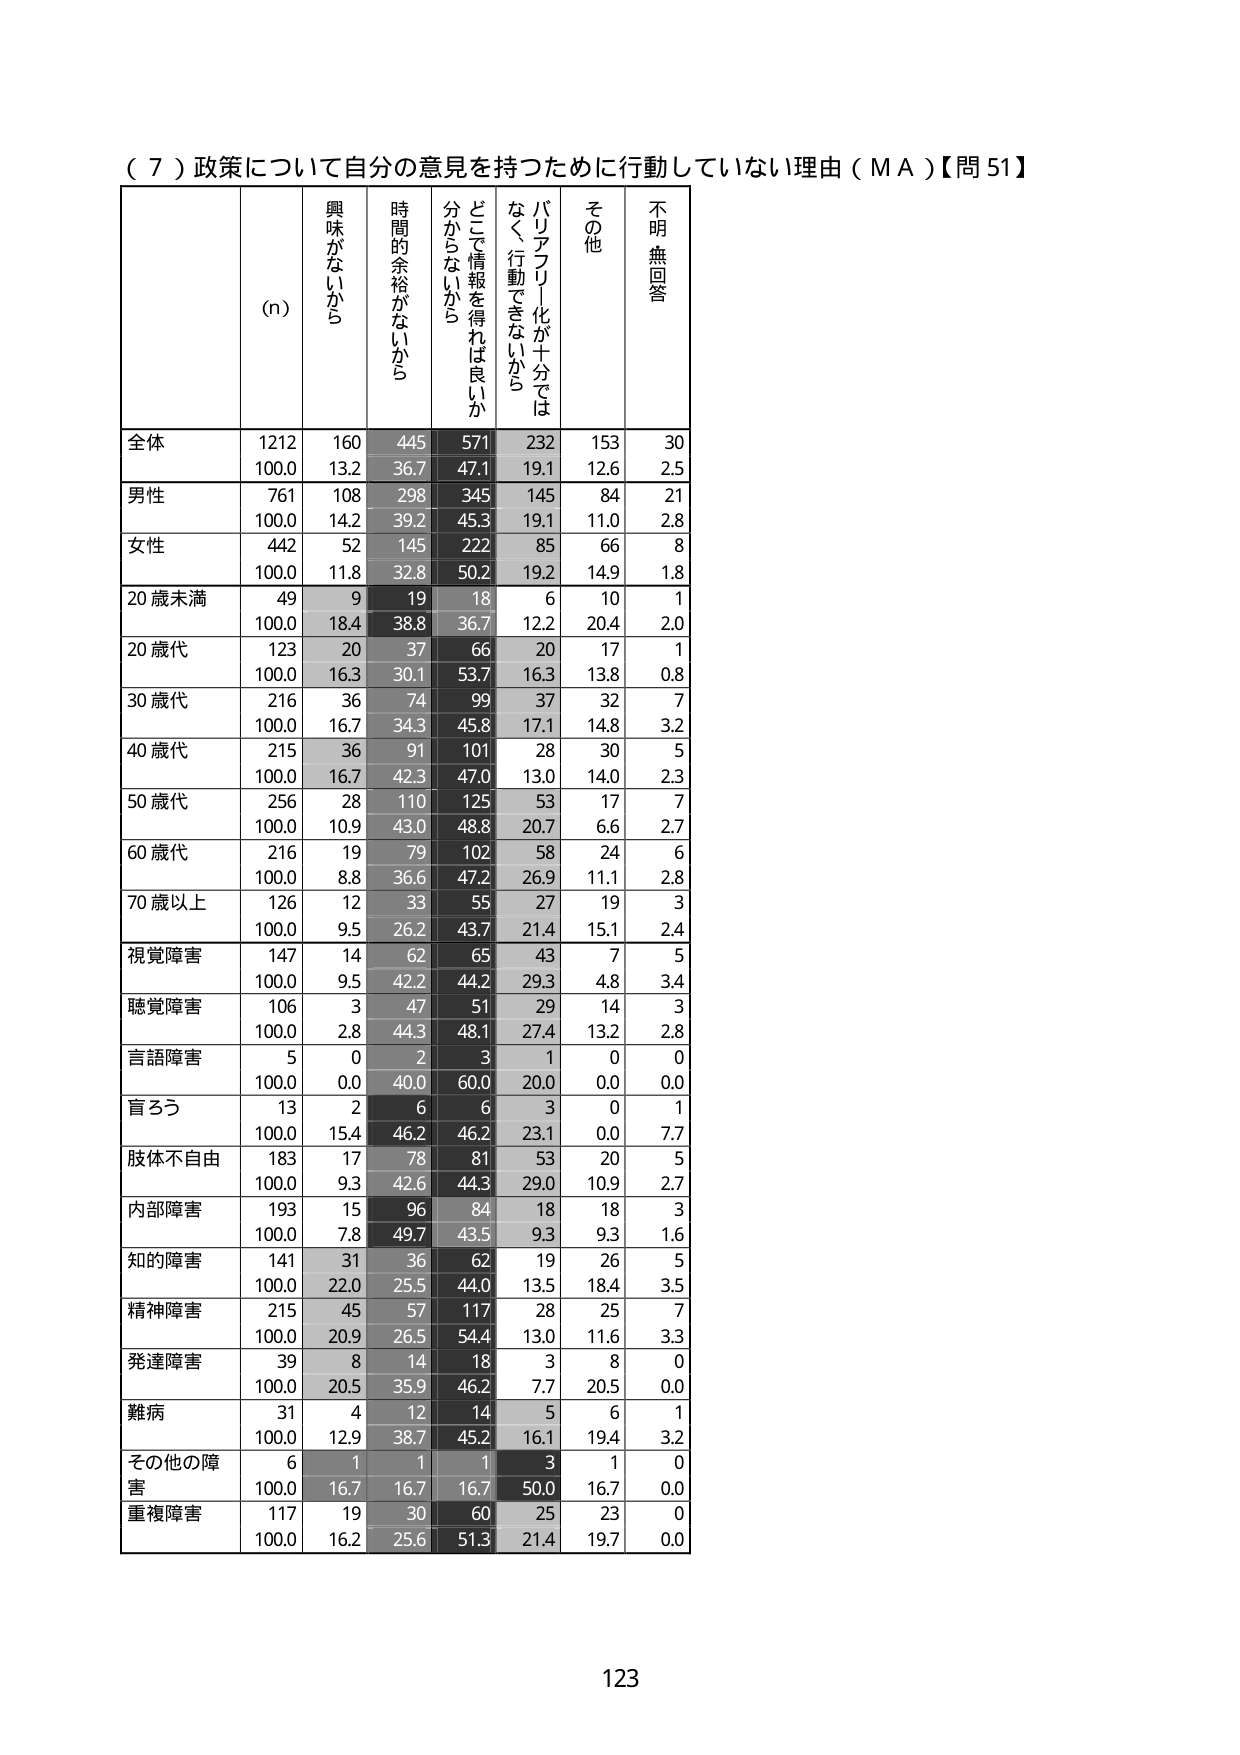
（７）政策について自分の意見を持つために行動していない理由（ＭＡ）【問51】

(n) 興味がないから 時間的余裕がないから どこで情報を得れば良いか分からないから バリアフリー化が十分ではなく、行動できないから その他 不明・無回答

全体 1212 160 445 571 232 153 30
100.0 13.2 36.7 47.1 19.1 12.6 2.5

男性 761 108 298 345 145 84 21
100.0 14.2 39.2 45.3 19.1 11.0 2.8

女性 442 52 145 222 85 66 8
100.0 11.8 32.8 50.2 19.2 14.9 1.8

20歳未満 49 9 19 18 6 10 1
100.0 18.4 38.8 36.7 12.2 20.4 2.0

20歳代 123 20 37 66 20 17 1
100.0 16.3 30.1 53.7 16.3 13.8 0.8

30歳代 216 36 74 99 37 32 7
100.0 16.7 34.3 45.8 17.1 14.8 3.2

40歳代 215 36 91 101 28 30 5
100.0 16.7 42.3 47.0 13.0 14.0 2.3

50歳代 256 28 110 125 53 17 7
100.0 10.9 43.0 48.8 20.7 6.6 2.7

60歳代 216 19 79 102 58 24 6
100.0 8.8 36.6 47.2 26.9 11.1 2.8

70歳以上 126 12 33 55 27 19 3
100.0 9.5 26.2 43.7 21.4 15.1 2.4

視覚障害 147 14 62 65 43 7 5
100.0 9.5 42.2 44.2 29.3 4.8 3.4

聴覚障害 106 3 47 51 29 14 3
100.0 2.8 44.3 48.1 27.4 13.2 2.8

言語障害 5 0 2 3 1 0 0
100.0 0.0 40.0 60.0 20.0 0.0 0.0

盲ろう 13 2 6 6 3 0 1
100.0 15.4 46.2 46.2 23.1 0.0 7.7

肢体不自由 183 17 78 81 53 20 5
100.0 9.3 42.6 44.3 29.0 10.9 2.7

内部障害 193 15 96 84 18 18 3
100.0 7.8 49.7 43.5 9.3 9.3 1.6

知的障害 141 31 36 62 19 26 5
100.0 22.0 25.5 44.0 13.5 18.4 3.5

精神障害 215 45 57 117 28 25 7
100.0 20.9 26.5 54.4 13.0 11.6 3.3

発達障害 39 8 14 18 3 8 0
100.0 20.5 35.9 46.2 7.7 20.5 0.0

難病 31 4 12 14 5 6 1
100.0 12.9 38.7 45.2 16.1 19.4 3.2

その他の障害 6 1 1 1 3 1 0
100.0 16.7 16.7 16.7 50.0 16.7 0.0

重複障害 117 19 30 60 25 23 0
100.0 16.2 25.6 51.3 21.4 19.7 0.0

123